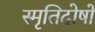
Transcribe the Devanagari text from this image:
स्मृतिदोषों